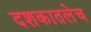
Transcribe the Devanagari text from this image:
दशकातलेच